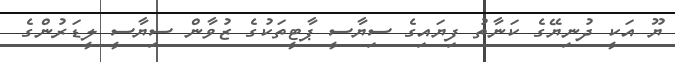
ޔޫ އަކީ ދުނިޔޭގެ ކަނާތު ފިޔައިގެ ސިޔާސީ ޕާޓީތަކުގެ ޒުވާން ސިޔާސީ ލީޑަރުންގެ